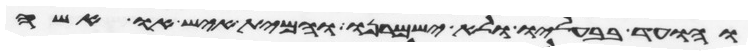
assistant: והועד בבעליו ולא ישמרנו והמית איש או אשה